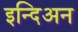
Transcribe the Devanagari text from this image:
इन्दिअन